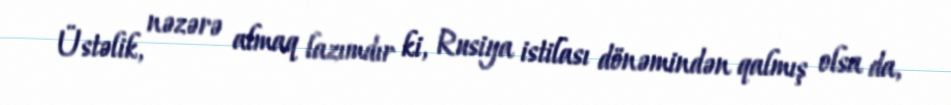
Üstəlik, nəzərə almaq lazımdır ki, Rusiya istilası dönəmindən qalmış olsa da,